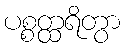
ပစ္စတ္ထရိတွာ